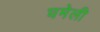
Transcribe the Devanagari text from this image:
घमेली